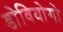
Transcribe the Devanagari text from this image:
डोवियोगो